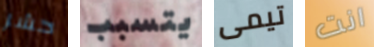
حشر يتسبب تيمى انت